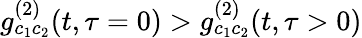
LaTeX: g_{c_{1}c_{2}}^{(2)}(t,\tau=0)>g_{c_{1}c_{2}}^{(2)}(t,\tau>0)